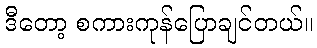
ဒီတော့ စကားကုန်ပြောချင်တယ်။